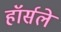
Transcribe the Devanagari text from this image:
हॉर्सले